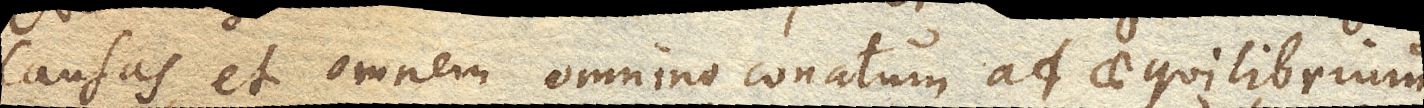
causas, et omnem omnino conatum ad aequilibrium